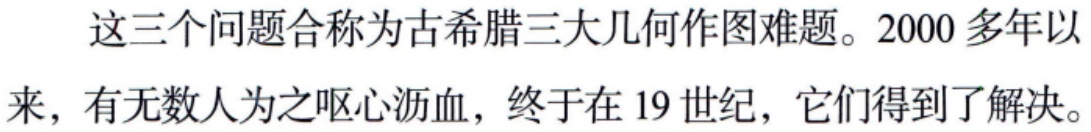
这三个问题合称为古希腊三大几何作图难题。2000多年以来，有无数人为之呕心沥血，终于在19世纪，它们得到了解决。